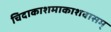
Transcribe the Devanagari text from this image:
चिदाकाशमाकाशवासम्